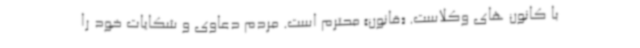
با کانون های وکلاست. «قانون» محترم است. مردم دعاوی و شکایات خود را